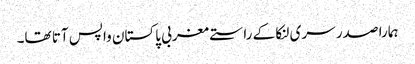
ہمارا صدر سری لنکا کے راستے مغربی پاکستان واپس آتا تھا۔